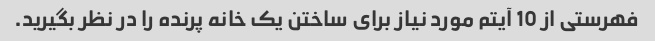
فهرستی از 10 آیتم مورد نیاز برای ساختن یک خانه پرنده را در نظر بگیرید.